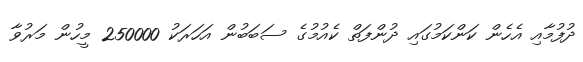
ދުފުމާއި އެހެން ކަންކަމުގައި ދުންފަތް ކެއުމުގެ ސަބަބުން އަހަރަކު 250000 މީހުން މަރުވާ